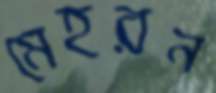
মেহরন